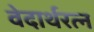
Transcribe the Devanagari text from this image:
वेदार्थरत्न